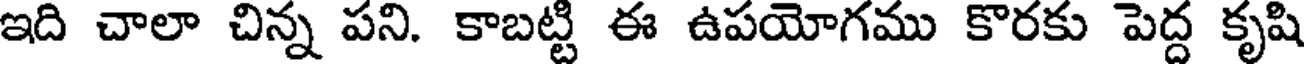
ఇది చాలా చిన్న పని. కాబట్టి ఈ ఉపయోగము కొరకు పెద్ద కృషి